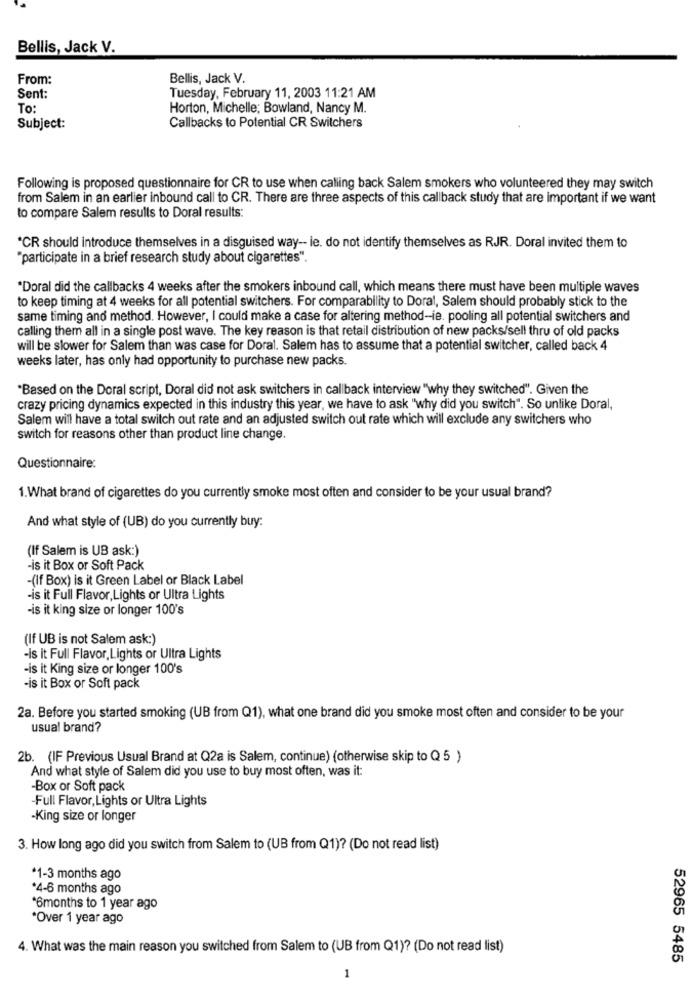
Bellis, Jack V.
From:
Bellis, Jack V.
Sent:
Tuesday, February 11, 2003 11:21 AM
To:
Horton, Michelle; Bowland, Nancy M.
Subject:
Callbacks to Potential CR Switchers
Following is proposed questionnaire for CR to use when calling back Salem smokers who volunteered they may switch
from Salem in an earlier inbound call to CR. There are three aspects of this callback study that are important if we want
to compare Salem results to Doral results:
*CR should introduce themselves in a disguised way- le. do not identify themselves as RJR. Doral invited them to
"participate in a brief research study about cigarettes".
"Doral did the callbacks 4 weeks after the smokers inbound call, which means there must have been multiple waves
to keep timing at 4 weeks for all potential switchers. For comparability to Doral, Salem should probably stick to the
same timing and method. However, I could make a case for altering method-ie. pooling all potential switchers and
calling them all in a single post wave. The key reason is that retail distribution of new packs/sell thru of old packs
will be slower for Salem than was case for Doral. Salem has to assume that a potential switcher, called back 4
weeks later, has only had opportunity to purchase new packs.
"Based on the Doral script, Doral did not ask switchers in callback interview "why they switched". Given the
crazy pricing dynamics expected in this industry this year, we have to ask "why did you switch". So unlike Doral,
Salem will have a total switch out rate and an adjusted switch out rate which will exclude any switchers who
switch for reasons other than product line change.
Questionnaire:
1.What brand of cigarettes do you currently smoke most often and consider to be your usual brand?
And what style of (UB) do you currently buy:
(If Salem is UB ask:)
-is it Box or Soft Pack
-(If Box) is it Green Label or Black Label
-is it Full Flavor, Lights or Ultra Lights
-is it king size or longer 100's
(If UB is not Salem ask:)
-is it Full Flavor, Lights or Ultra Lights
-is it King size or longer 100's
-is it Box or Soft pack
2a. Before you started smoking (UB from Q1), what one brand did you smoke most often and consider to be your
usual brand?
2b. (IF Previous Usual Brand at Q2a is Salem, continue) (otherwise skip to Q 5 )
And what style of Salem did you use to buy most often, was it:
-Box or Soft pack
-Full Flavor, Lights or Ultra Lights
-King size or longer
3. How long ago did you switch from Salem to (UB from Q1)? (Do not read list)
*1-3 months ago
*4-6 months ago
*6months to 1 year ago
*Over 1 year ago
4. What was the main reason you switched from Salem to (UB from Q1)? (Do not read list)
52965 5485
1